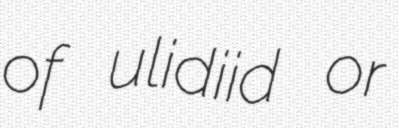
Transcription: of ulidiid or